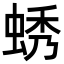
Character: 蜏